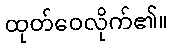
ထုတ်ဝေလိုက်၏။